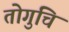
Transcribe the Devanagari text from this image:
तोगुचि